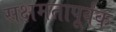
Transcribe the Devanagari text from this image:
सक्षमतापूर्वक